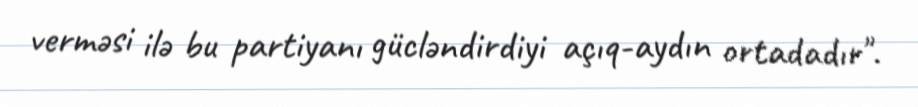
verməsi ilə bu partiyanı gücləndirdiyi açıq-aydın ortadadır".